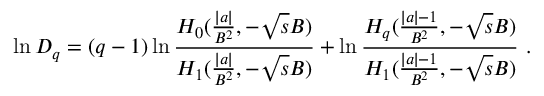
\ln D _ { q } = ( q - 1 ) \ln { \frac { H _ { 0 } ( { \frac { \mid a \mid } { B ^ { 2 } } } , - \sqrt { s } B ) } { H _ { 1 } ( { \frac { \mid a \mid } { B ^ { 2 } } } , - \sqrt { s } B ) } } + \ln { \frac { H _ { q } ( { \frac { \mid a \mid - 1 } { B ^ { 2 } } } , - \sqrt { s } B ) } { H _ { 1 } ( { \frac { \mid a \mid - 1 } { B ^ { 2 } } } , - \sqrt { s } B ) } } \ .